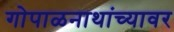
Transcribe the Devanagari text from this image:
गोपाळनाथांच्यावर